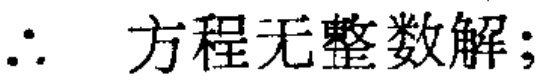
$\therefore \text{ 方程无整数解;}$